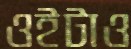
ওইটাও